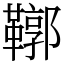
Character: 鞹